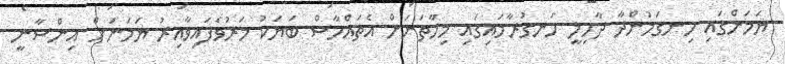
ޔަމަންގައި ހިނގަމުންދާ ދާހިލީ ހަނގުރާމައިގައި މިހާތަނަށް އެތައްހާސް ބަޔަކު މަރުވެފައިވާއިރު ޔަމަނަށް އިންސާނީ